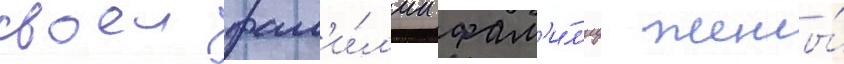
своеи фам'и́л'ии фам'и́л'иу жены́